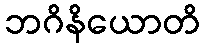
ဘဂိနိယောတိ